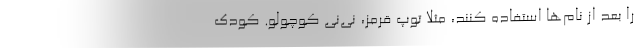
را بعد از نام‌ها استفاده کنند، مثلا توپ قرمز، نی‌نی کوچولو. کودک